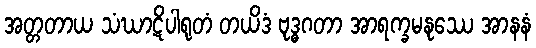
အတ္တတာယ သံဃာဋိပါရုတံ တယိဒံ ဗုဒ္ဓဂတာ အာရက္ခမနုဿေ အာနနံ